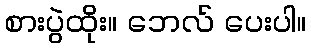
စားပွဲထိုး။ ဘေလ် ပေးပါ။